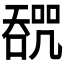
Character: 𰈩